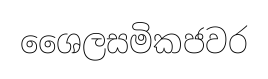
ශෛලසමිකජවර